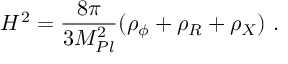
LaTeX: H ^ { 2 } = \frac { 8 \pi } { 3 M _ { P l } ^ { 2 } } ( \rho _ { \phi } + \rho _ { R } + \rho _ { X } ) \ .